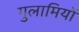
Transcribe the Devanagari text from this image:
गुलामियों